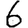
Digit: 6